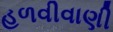
હળવીવાણી